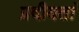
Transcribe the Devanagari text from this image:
प्रदीयतां